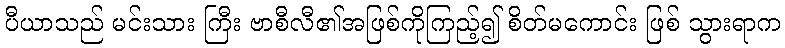
ပီယာသည် မင်းသား ကြီး ဗာစီလီ၏အဖြစ်ကိုကြည့်၍ စိတ်မကောင်း ဖြစ် သွားရာက